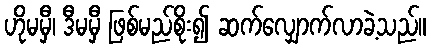
ဟိုမမှီ၊ ဒီမမှီ ဖြစ်မည်စိုး၍ ဆက်လျှောက်လာခဲ့သည်။